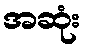
အဆုံး